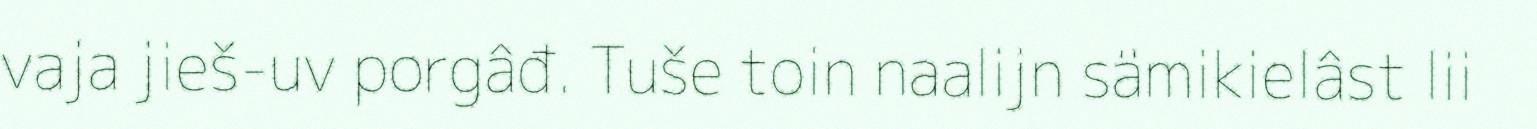
vaja jieš-uv porgâđ. Tuše toin naalijn sämikielâst lii